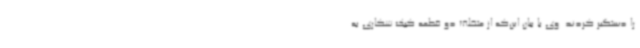
را دستگیر کردند. وی با بیان این‌که از متخلف دو قطعه کبک شکاری به